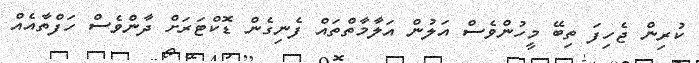
ކުރިން ޖެހިފަ ތިބޭ މީހުންވެސް އަލުން އަލާމާތްތައް ފެނިގެން ޑޮކްޓަރަށް ދާންވެސް ހަފްތާއެއް